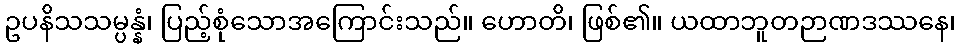
ဥပနိသသမ္ပန္နံ၊ ပြည့်စုံသောအကြောင်းသည်။ ဟောတိ၊ ဖြစ်၏။ ယထာဘူတဉာဏဒဿနေ၊